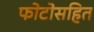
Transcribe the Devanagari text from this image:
फोटोसहित